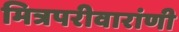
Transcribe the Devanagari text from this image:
मित्रपरीवारांणी